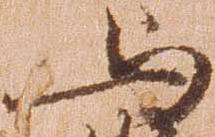
与